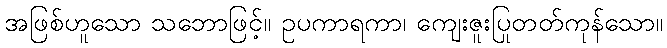
အဖြစ်ဟူသော သဘောဖြင့်။ ဥပကာရကာ၊ ကျေးဇူးပြုတတ်ကုန်သော။